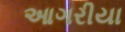
આગરીયા